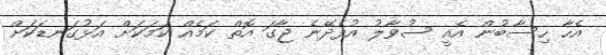
އެހާ ހިސާބުން އެއީ ސުވާލު އުފެދޭނެ ޖާގަ އޮތް ކަމެއް ކަމަކަށް އަޅުގަނޑަކަށް